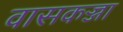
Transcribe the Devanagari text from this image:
वासकज्जा